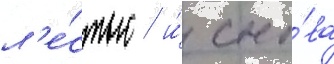
л'е́стью / и́ сно́ва